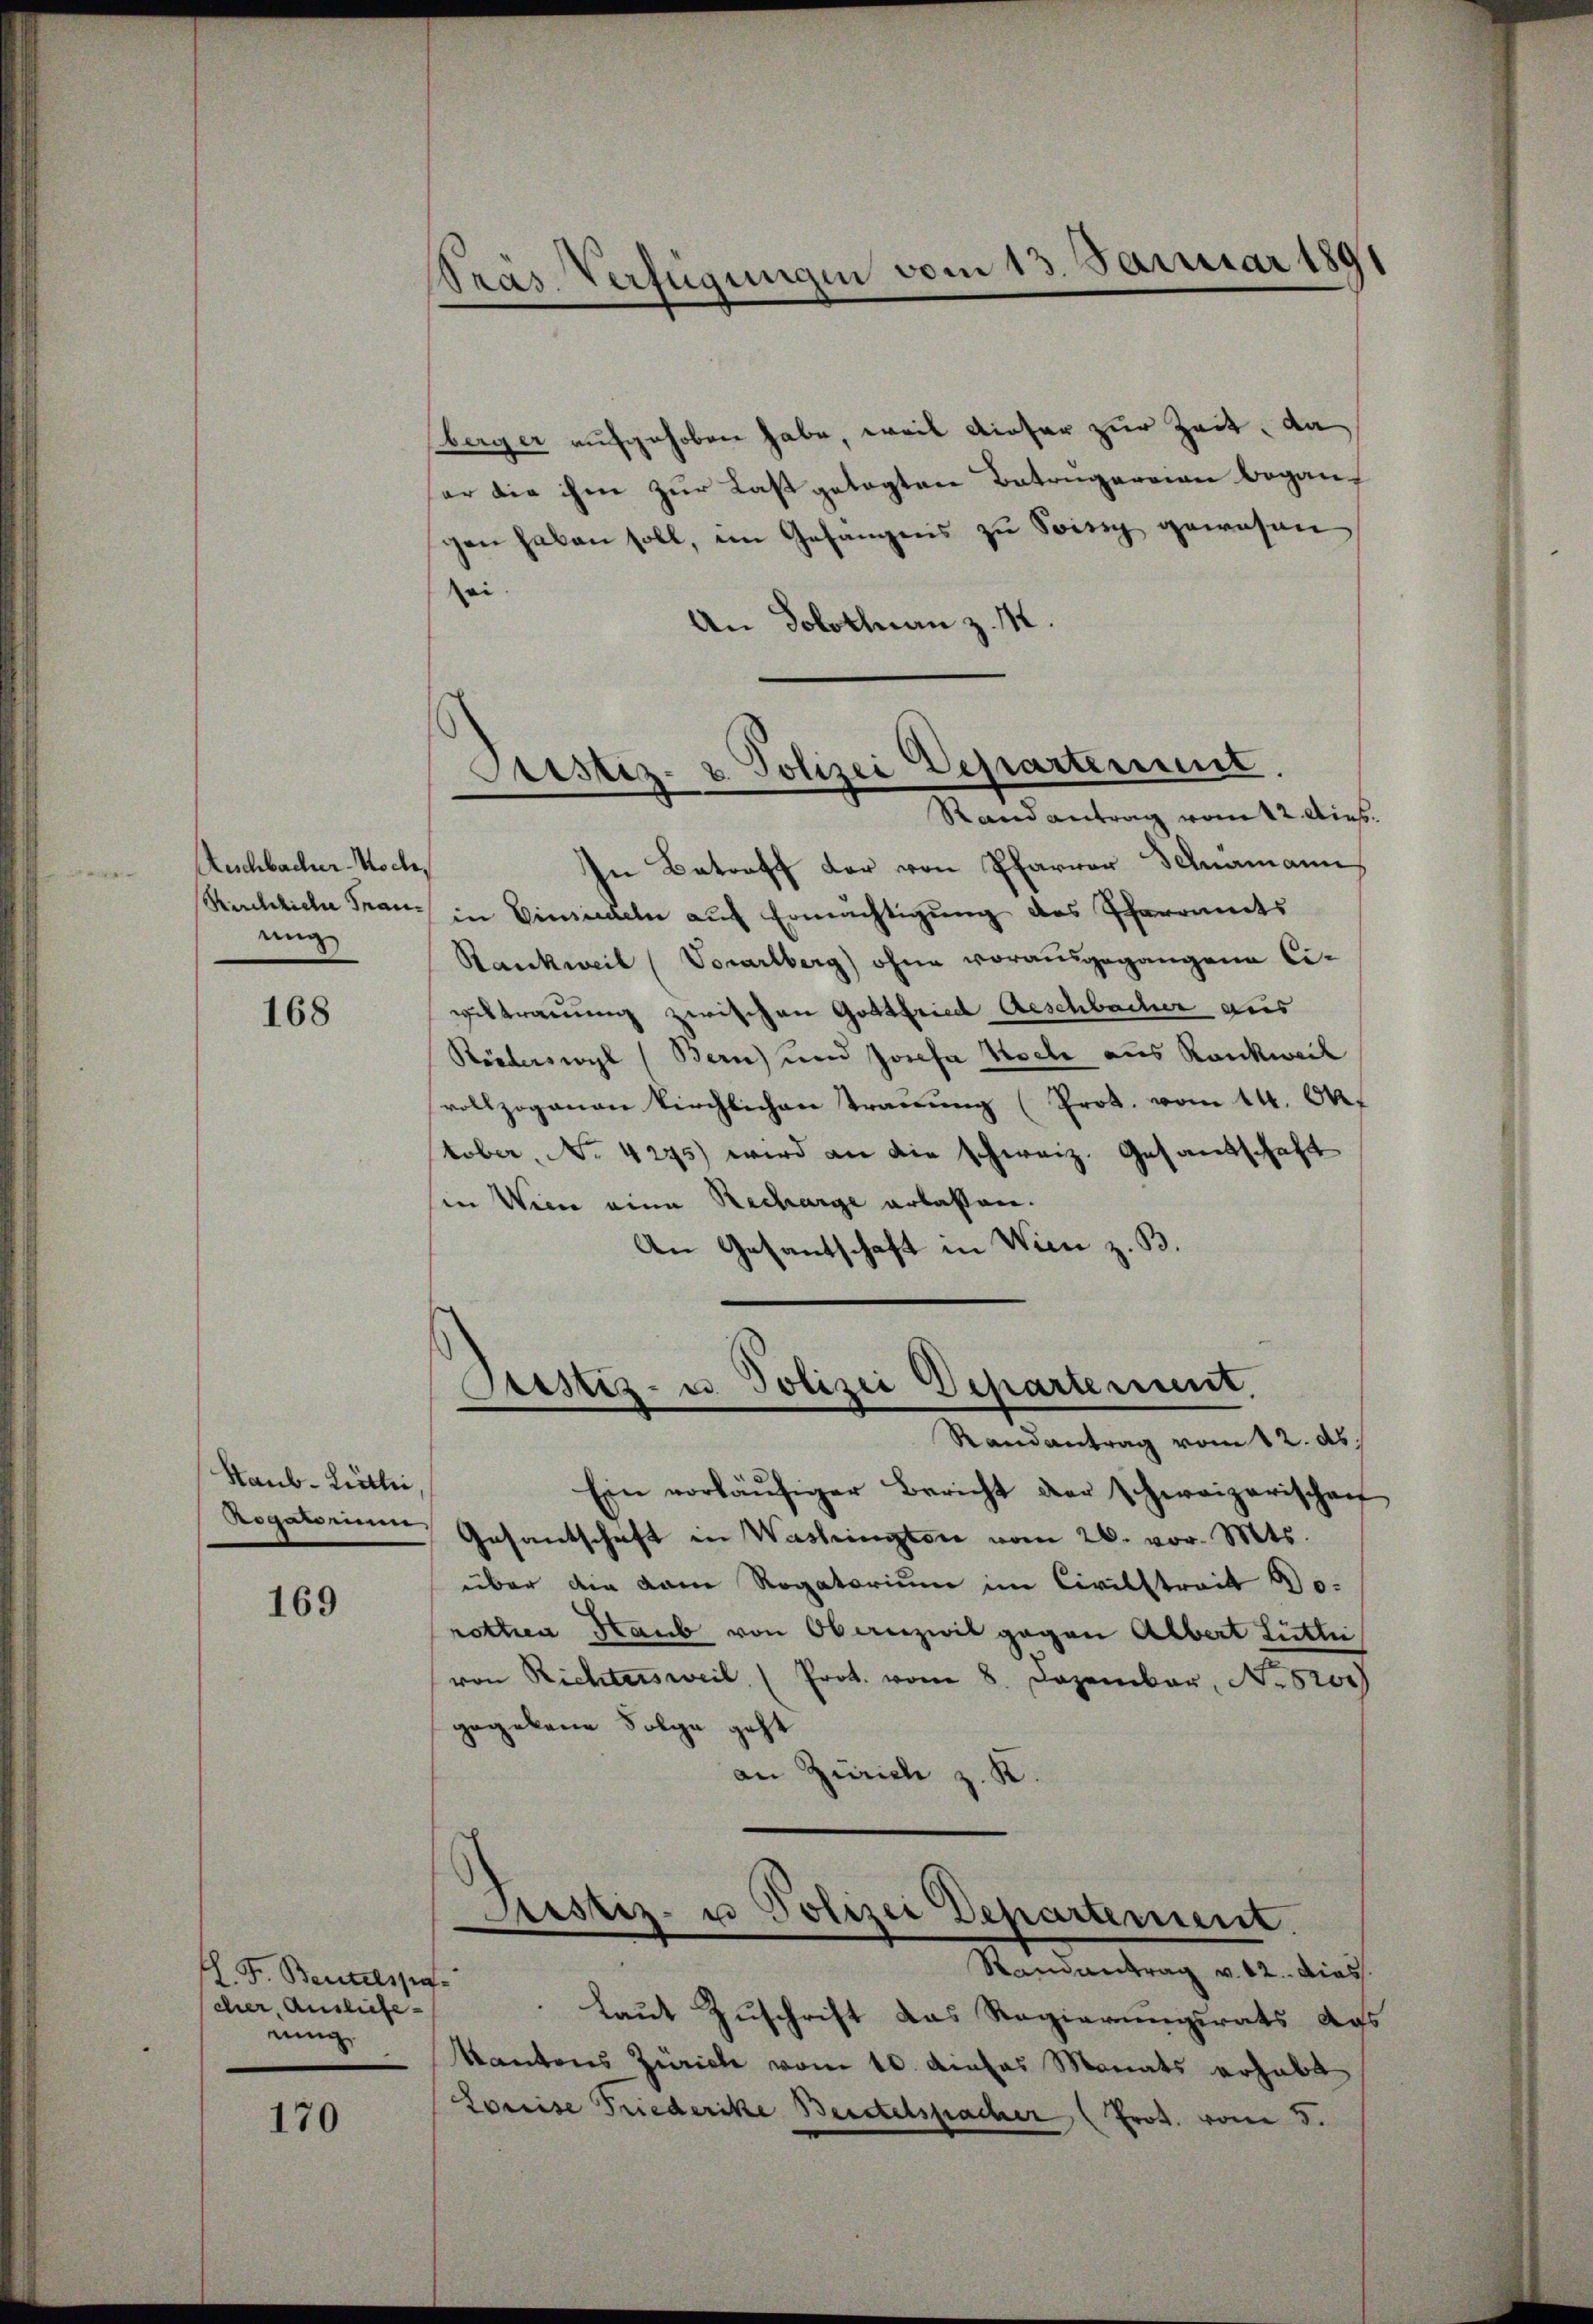
Auschbacher Woche,
ung

168

Staub-Litlei,
Rogatorium

169

. F. Bentelspa
cher, Ausliefenung

170

Präs. Verfügungen vom 13. Januar 180

berger aufgehoben habe, weil dieser zur Zeit, da
er die ihm zur Last gelegten Betrugereien beganf
hen haben soll, im Gesangens zu Soisig gewesen
ei
An Solothurn z. M.

Austiz- & Polizei Departement.
e
Randantrag vom 12. Dies.

In Betreff der von Pfarrer Fehramann,
Kirchliche Frau in Einsiedeln auf Ermächtigung des Pfarramts
Rankweil (Vorarlberg) ohne vorausgegangene Civiltrauung zwischen Gottfried Geschbacher aus
Riederswyl (Bern) und Josefa Koche aus Rankweil
vollzoganan kirchlichen Trauung (Prot. vom 14. Okt
tober, No. 4295) wird an die schweiz. Gesandschaft
in Wien eine Recharge erlassen.
An Gesantschaft in Wien z. B.

Pustiz- u. Polizei Departement.
Randantrag vom 12. ds.

Ein vorläŭfiger Bericht der schweizerischen
Gesandschaft in Washington vom 26. vor. Mts.
über die kam Rogatorium im Civilstreit Dorotten Haub von Obanzwil gegen Albert Lütte
von Richtersweil (Prot. vom 8. Dezember, No 6200)
gegebene Folge geht
an Zürich z. K.

Justiz- u Polizei Departement.
n
Randantrag v. 12. dies

laut Zuschrift das Regierungsrats das
Kantons Zürich vom 10. diehas Monats erhabt
Louise Fuederike Beistetspacher (Prot. vom 5.